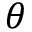
\theta